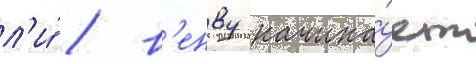
л'и́ / в'енву начина́ет